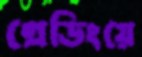
গ্রেডিংয়ে